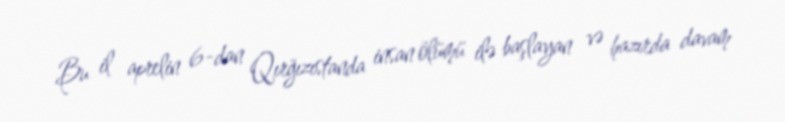
Bu il aprelin 6-dan Qırğızıstanda insan ölümü ilə başlayan və hazırda davam